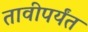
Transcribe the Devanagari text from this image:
तावीपर्यंत